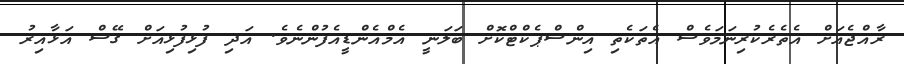
ރާއްޖެއަށް އެތެރެކުރިނަމަވެސް އެތަކެތި އިންސްޕެކްޓްކޮށް ބަލަނީ އެމްއެންޑީއެފުންނެވެ. އަދި ފުޅިފުޅިއަށް ގޭސް އަޅާއިރު